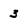
Character: 3